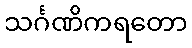
သင်္ဂဏိကရတော